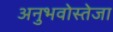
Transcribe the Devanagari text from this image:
अनुभवोस्तेजा